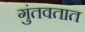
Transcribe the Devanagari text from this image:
गुंतवतात